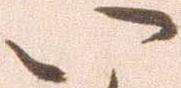
い